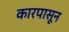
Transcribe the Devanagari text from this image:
कारपासून